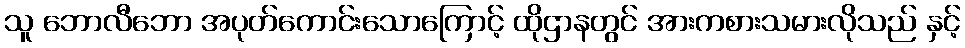
သူ ဘောလီဘော အပုတ်ကောင်းသောကြောင့် ထိုဌာနတွင် အားကစားသမားလိုသည် နှင့်